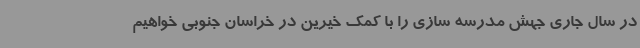
در سال جاری جهش مدرسه سازی را با کمک خیرین در خراسان جنوبی خواهیم